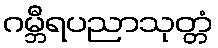
ဂမ္ဘီရပညာသုတ္တံ